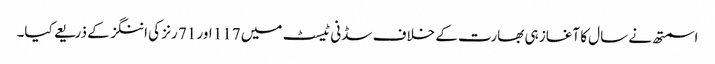
اسمتھ نے سال کا آغاز ہی بھارت کے خلاف سڈنی ٹیسٹ میں 117 اور 71 رنز کی اننگز کے ذریعے کیا۔